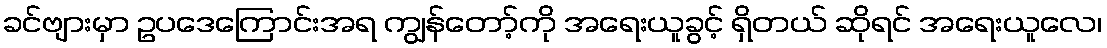
ခင်ဗျားမှာ ဥပဒေကြောင်းအရ ကျွန်တော့်ကို အရေးယူခွင့် ရှိတယ် ဆိုရင် အရေးယူလေ၊